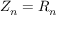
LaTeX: Z _ { n } = R _ { n }